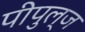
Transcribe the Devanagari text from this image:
पीपुल्ज